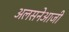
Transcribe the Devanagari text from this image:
अलसनेआजी